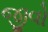
જીવો